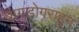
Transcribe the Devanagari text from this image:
बागडोगराहून